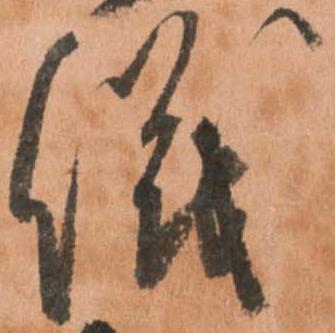
儀